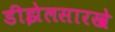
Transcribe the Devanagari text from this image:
डीझेलसारखे